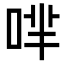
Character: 𠴟